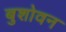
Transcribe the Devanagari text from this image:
बुशोवन